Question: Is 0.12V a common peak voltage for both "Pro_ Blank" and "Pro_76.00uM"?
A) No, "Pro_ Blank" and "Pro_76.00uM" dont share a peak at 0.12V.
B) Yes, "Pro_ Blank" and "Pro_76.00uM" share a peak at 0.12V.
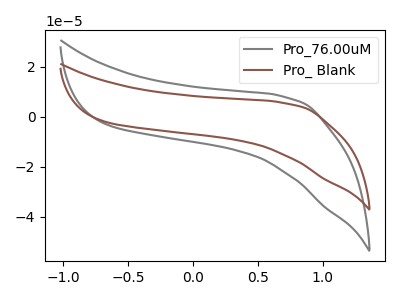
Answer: <think>The gray curve "Pro_76.00uM" has no peaks. The brown curve "Pro_ Blank" has no peaks.</think>
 <answer>A) No, "Pro_ Blank" and "Pro_76.00uM" dont share a peak at 0.12V.</answer>
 <eval>A</eval>